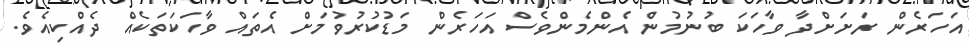
އަހަރެން ރަށަށްދާ ވާހަކަ ބުނުމުން އެންމެންވެސް އަހަރެން މަޑުކުރުވުމަށް އެތައް ވާހަކަތަކެއް ދެއްކިއެވެ.